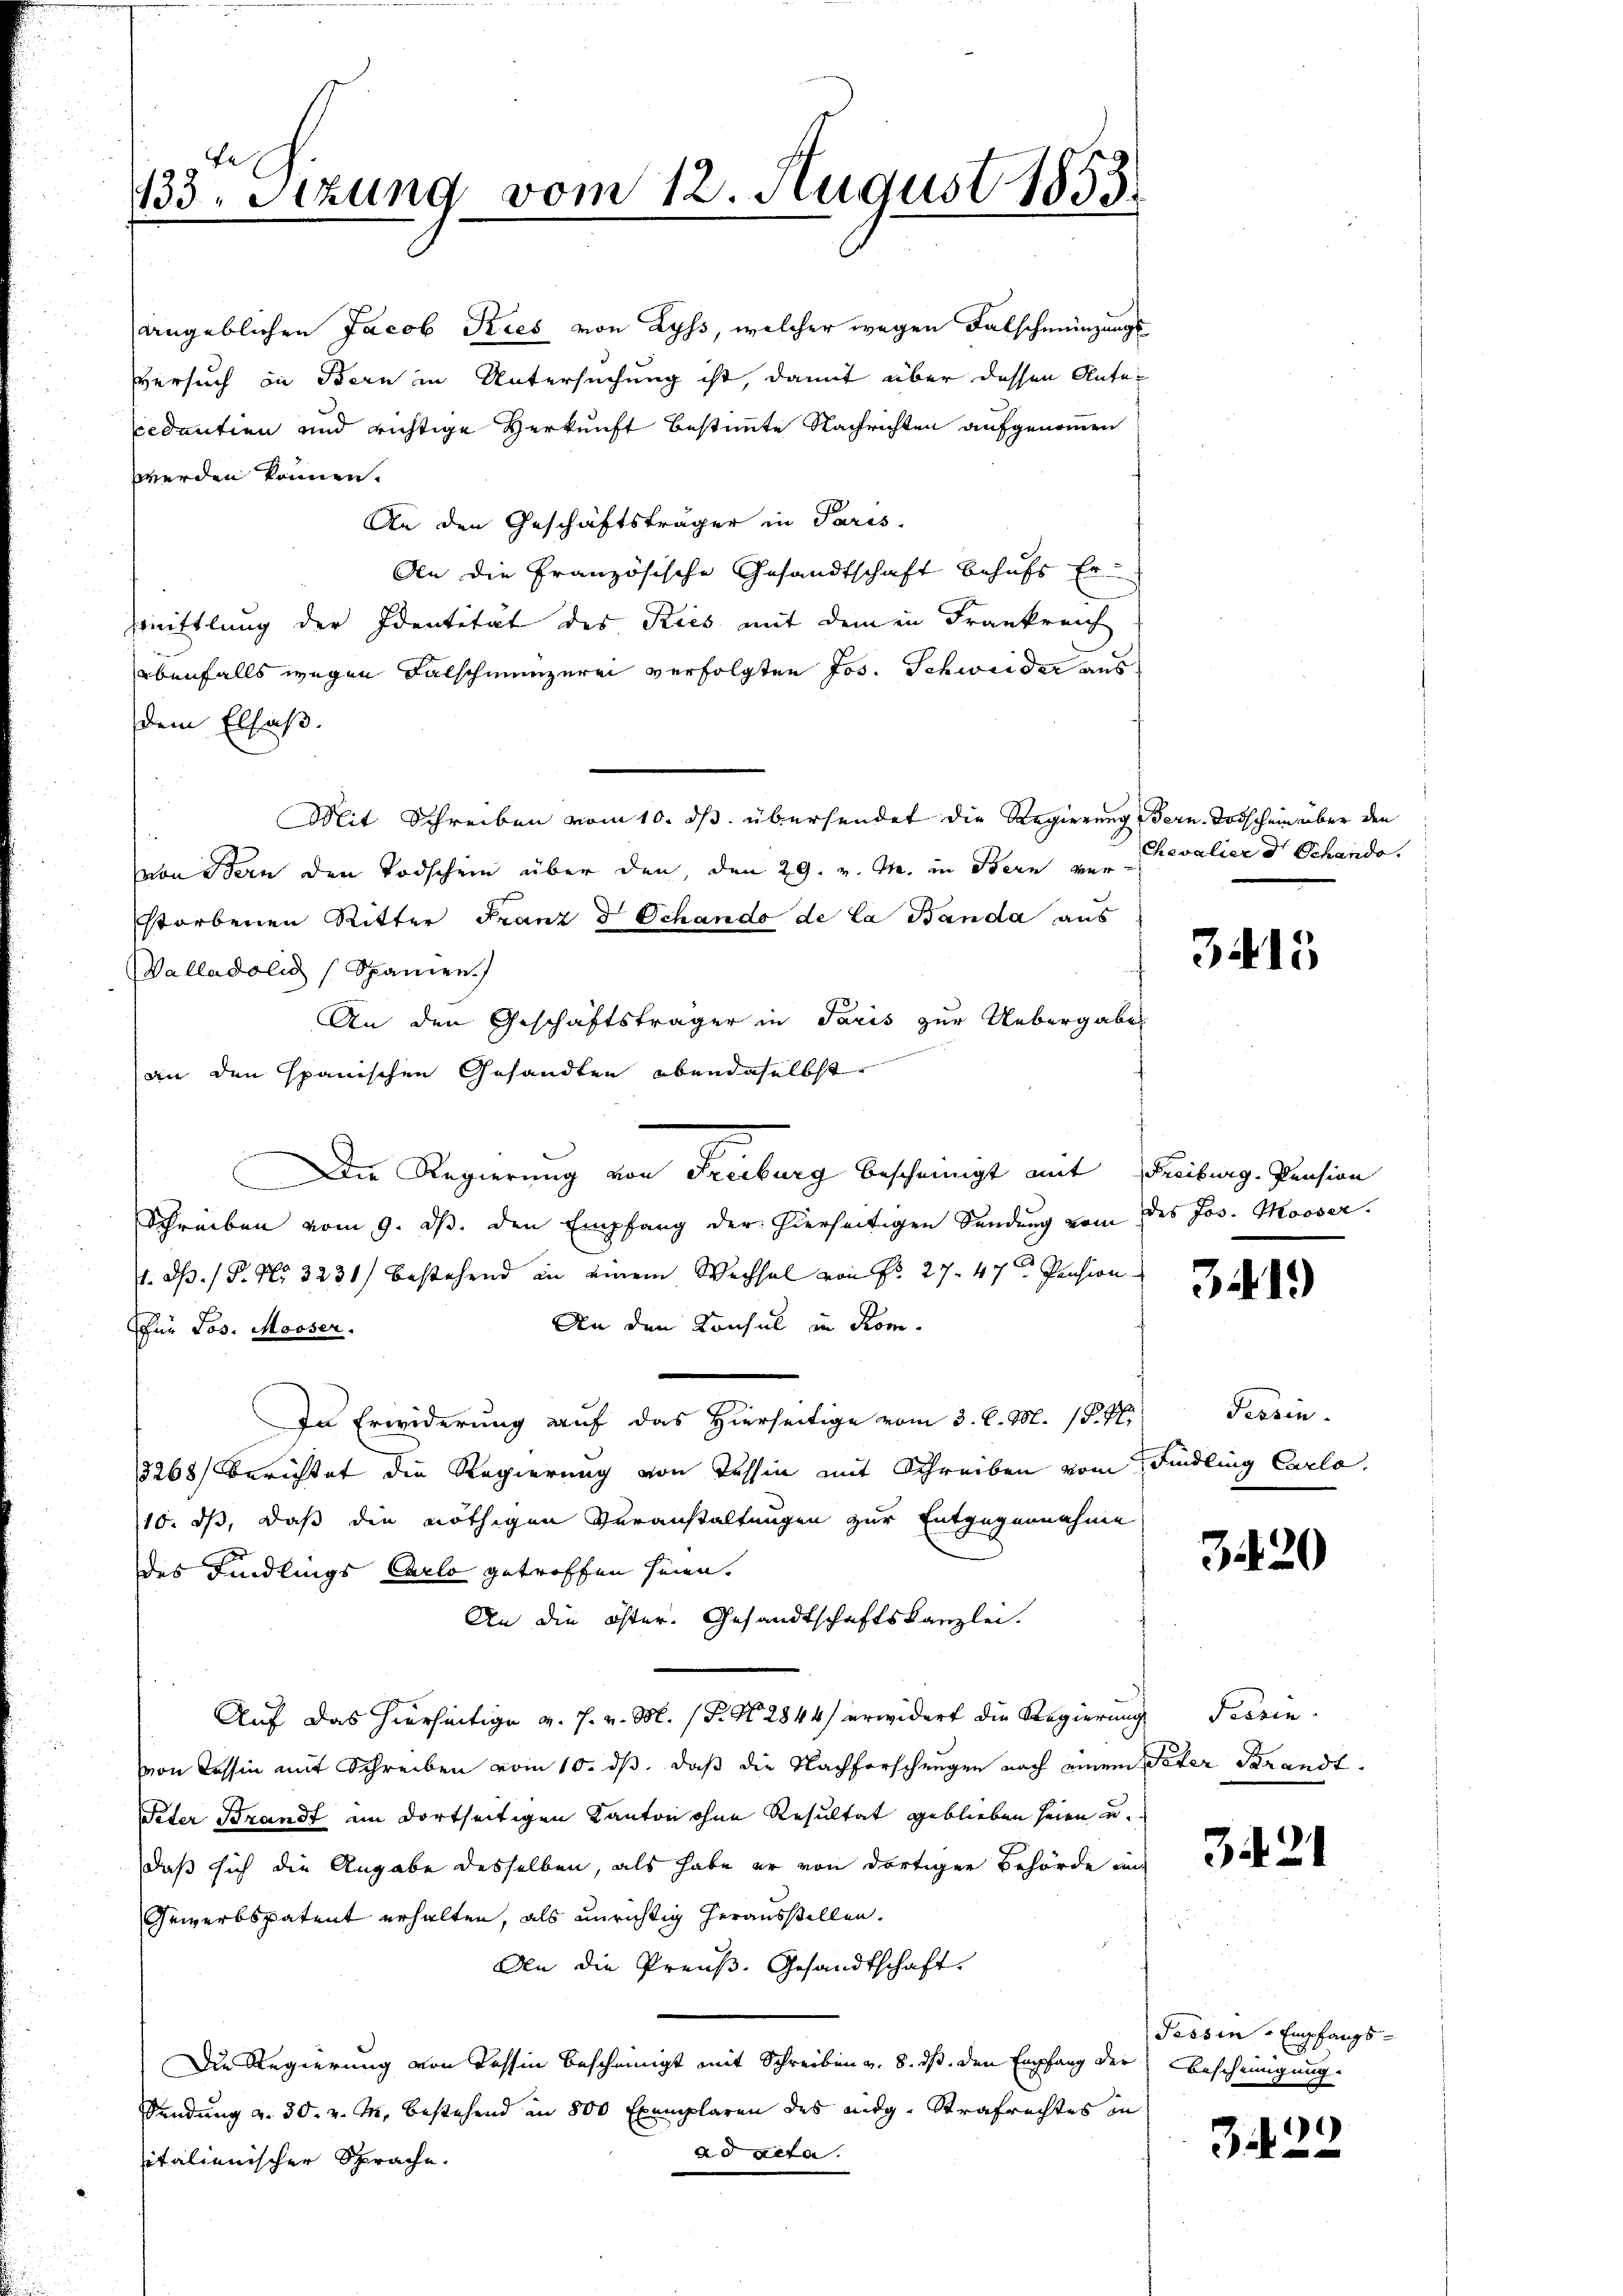
133. Setzung vom 12. August 1835.

angeblichen Jacob Kies von Lyss, welcher wegen Falschmünzungs
Versuch in Bern in Untersuchung ist, damit über dessen Antepedantien und richtige Verkunft bestimmte Nachrichten aufgenommen
werden können.
An den Geschäftsträger in Paris.
An die Französische Gesandtschaft behufs Er¬
Zenittlung der Identität des Kies mit dem in Frankreich
ebenfalls wegen Falschmünzerei verfolgten Jos. Schweider aus
dem Elsaß.
Mit Schreiben vom 10. ds. übersendet die Regierung Bern. Todschein über den
von Stern den Todschein über den, den 29. v. M. in Bern vor
storbenen Ritter Franz d Schando de la Banda aus
Valladoli (Spanien.
An den Geschäftsträger in Paris zur Uebergabes
an den spanischen Gesandten obendaselbst
Die Regierung von Freiburg bescheinigt mit Freiburg-Pension
Schreiben vom 9. d. den Empfang der hierseitigen Sendung vom des Jos. Mooser.
1. dß. / P. Nr. 3231) bestehend in einem Wechsel von Fr. 27. 47 Pension
An den Konsul in Komür Los. Mooser.
In Erwiderung auf das Hierseitige vom 3. d. M. 15. M.
3268) Berichtet die Regierung von Tessin mit Schreiben vom Findling Carlo,
10. ds, daß die nöthigen Veranstaltungen zur Entgegennahme
des Findlings Carlo getroffen seien.
An die öster. Gesandtschaftskanzlei.
Auf das hierseitige v. J. v. M. (T. N. 2844 erwidert die Regierung Tessin
von Tessin mit Schreiben vom 10. ds. daß die Nachforschungen nach einem Peter Strandt¬
Peter Brandt im dortseitigen Kanton ohne Resultat geblieben seien u.
daß sich die Angabe desselben, als habe er von dortigen Behörde an
Gewerbspatent erhalten, als unrichtig herausstellen.
An die Preuß. Gesandtschaft.
Die Regierung von Tessin bescheinigt mit Schreiben v. 8. ds. den Empfang der
Sendung a. 30. v. M. bestehend an 800 Exemplaren des eidg. Strafrechtes in
ad acta.
sitalienischer Sprache.

Chevalier dr Schande.

3415

3.19)

Prosen.

3420

3421

Tessin - Empfangs-
Bescheinigung.

322